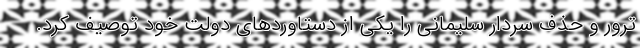
ترور و حذف سردار سلیمانی را یکی از دستاوردهای دولت خود توصیف کرد.